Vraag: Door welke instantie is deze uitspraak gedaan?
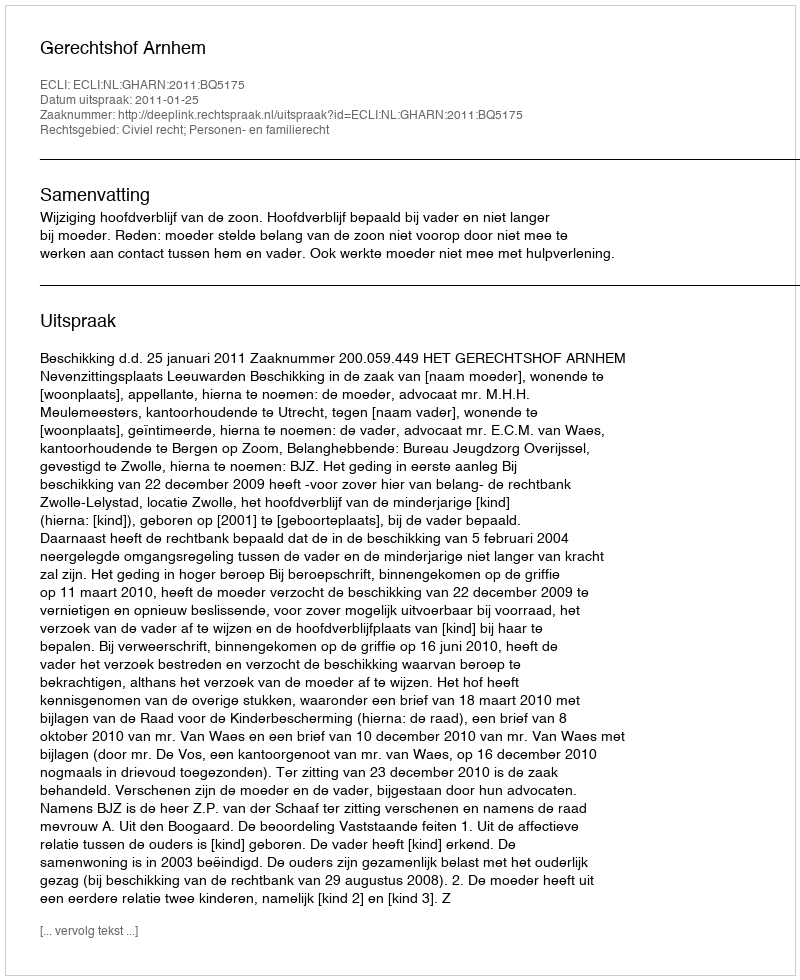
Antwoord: Gerechtshof Arnhem